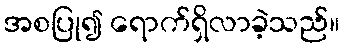
အစပြု၍ ရောက်ရှိလာခဲ့သည်။